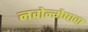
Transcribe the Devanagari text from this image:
नवोन्मेषाचा